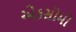
એકસોમી